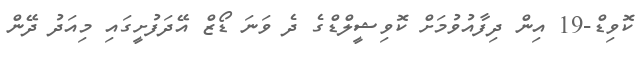
ކޮވިޑް-19 އިން ދިފާއުވުމަށް ކޮވިޝީލްޑްގެ ދެ ވަނަ ޑޯޒް އޭދަފުށީގައި މިއަދު ދޭން